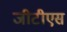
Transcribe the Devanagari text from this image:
जीटीएस